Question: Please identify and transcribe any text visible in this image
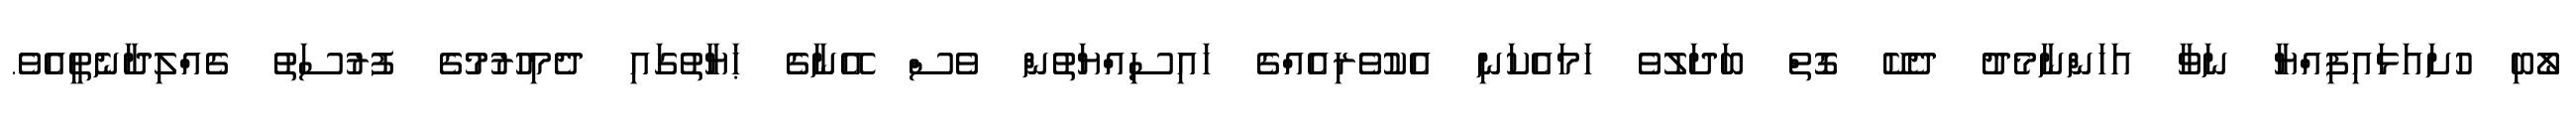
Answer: ލޯބި ހުށައަޅައިފިއްޔާ ނަވާ އަހަންނާމެދު ދެކޭ ގޮތް ބަދަލުވެ ހަމައެކަނި އެކުވެރިއެއްގެ ހައިސިއްޔަތުން ވެސް އޭނާގެ ޙަޔާތުގައި ދެމިހުރުމުގެ ފުރުސަތު ގެއްލިދާނެތީއެވެ.